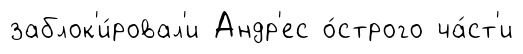
заблок'и́ровал'и Андр'ес о́строго ча́ст'и